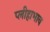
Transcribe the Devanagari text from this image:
प्लीहाभाव